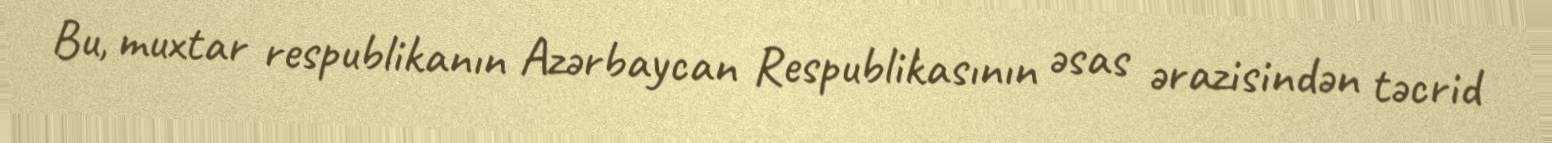
Bu, muxtar respublikanın Azərbaycan Respublikasının əsas ərazisindən təcrid